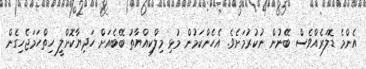
އެންމެ ޑޮލަރެއްވެސް ބޭނުން ނުކުރުމަށެވެ. އެހެންކަމުން މުޅި މިލްކިއްޔާތު ބޭބެއަށް ހަދިޔާކޮށްލީ ހިތްހަމަޖެހިގެން